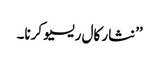
’’نثار کال ریسیو کرنا۔